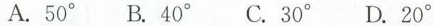
A.50 ^ { \circ }B.40 ^ { \circ }C.30 ^ { \circ } D.20 ^ { \circ }